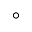
\circ